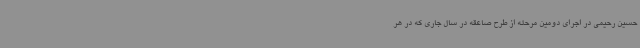
حسین رحیمی در اجرای دومین مرحله از طرح صاعقه در سال جاری که در هر